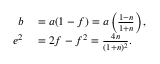
\begin{array} { r l } { b } & { { } = a ( 1 - f ) = a \left( { \frac { 1 - n } { 1 + n } } \right) , } \\ { e ^ { 2 } } & { { } = 2 f - f ^ { 2 } = { \frac { 4 n } { ( 1 + n ) ^ { 2 } } } . } \end{array}